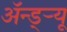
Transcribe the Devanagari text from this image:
अॅन्ड्‌र्‍यू